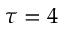
\tau = 4